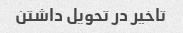
تاخیر در تحویل داشتن